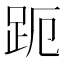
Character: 𮛊